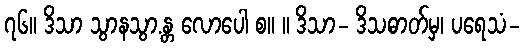
၇၆။ ဒိသာ သွာနသွာ.န္တ လောပေါ စ။ ။ ဒိသာ- ဒိသဓာတ်မှ၊ ပရေသံ-